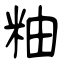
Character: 粙